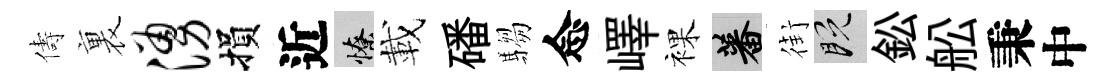
儔裏涌損近憭載磻騶念嶧裸蕃街既鈆舩秉中